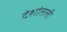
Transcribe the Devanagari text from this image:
देशांतली